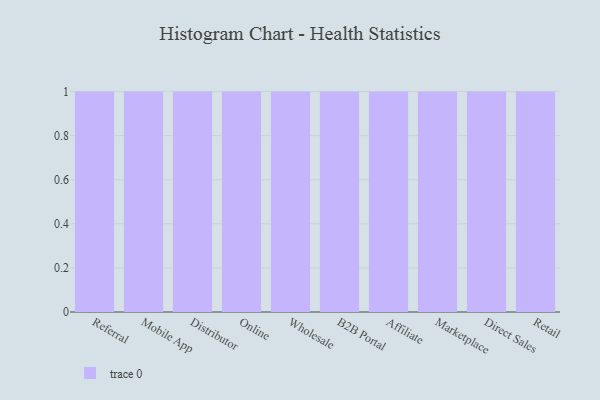
{"axis": {"x": "Channel", "y": "Budget (USD K)"}, "legend": [""], "data": [{"x": "Referral", "y": 82, "type": ""}, {"x": "Mobile App", "y": 24, "type": ""}, {"x": "Distributor", "y": 31, "type": ""}, {"x": "Online", "y": 51, "type": ""}, {"x": "Wholesale", "y": 82, "type": ""}, {"x": "B2B Portal", "y": 22, "type": ""}, {"x": "Affiliate", "y": 6, "type": ""}, {"x": "Marketplace", "y": 32, "type": ""}, {"x": "Direct Sales", "y": 77, "type": ""}, {"x": "Retail", "y": 73, "type": ""}]}